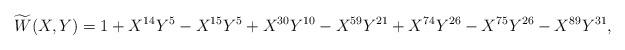
LaTeX: \begin{align*} \widetilde{W}(X,Y) = 1 + X^{14}Y^5 - X^{15}Y^5 + X^{30}Y^{10} - X^{59}Y^{21} + X^{74}Y^{26} - X^{75}Y^{26} - X^{89}Y^{31}, \end{align*}